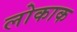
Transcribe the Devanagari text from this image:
लोकाक